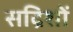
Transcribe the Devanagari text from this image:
सद्रिशों